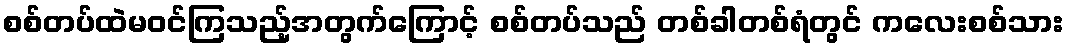
စစ်တပ်ထဲမဝင်ကြသည့်အတွက်ကြောင့် စစ်တပ်သည် တစ်ခါတစ်ရံတွင် ကလေးစစ်သား